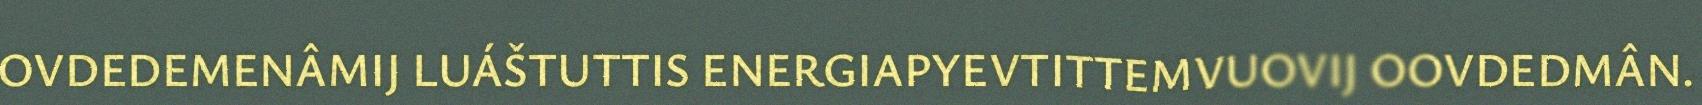
OVDEDEMENÂMIJ LUÁŠTUTTIS ENERGIAPYEVTITTEMVUOVIJ OOVDEDMÂN.